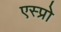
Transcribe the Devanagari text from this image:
एस्प्रो